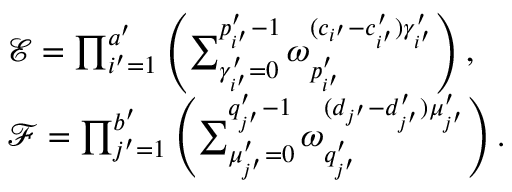
\begin{array} { r l } & { \mathcal { E } = \prod _ { i ^ { \prime } = 1 } ^ { a ^ { \prime } } \left( \sum _ { \gamma _ { i ^ { \prime } } ^ { \prime } = 0 } ^ { p _ { i ^ { \prime } } ^ { \prime } - 1 } \omega _ { p _ { i ^ { \prime } } ^ { \prime } } ^ { ( c _ { i ^ { \prime } } - c _ { i ^ { \prime } } ^ { \prime } ) \gamma _ { i ^ { \prime } } ^ { \prime } } \right) , } \\ & { \mathcal { F } = \prod _ { j ^ { \prime } = 1 } ^ { b ^ { \prime } } \left( \sum _ { \mu _ { j ^ { \prime } } ^ { \prime } = 0 } ^ { q _ { j ^ { \prime } } ^ { \prime } - 1 } \omega _ { q _ { j ^ { \prime } } ^ { \prime } } ^ { ( d _ { j ^ { \prime } } - d _ { j ^ { \prime } } ^ { \prime } ) \mu _ { j ^ { \prime } } ^ { \prime } } \right) . } \end{array}